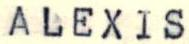
ALEXIS